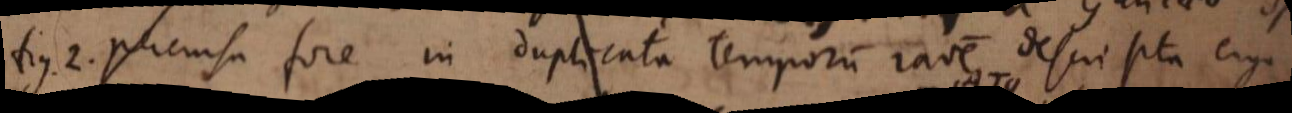
fig. 2. percursa fore in duplicata temporum ratione descripta ergo